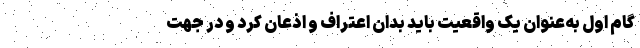
گام اول به‌عنوان یک واقعیت باید بدان اعتراف و اذعان کرد و در جهت